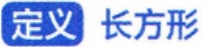
定义 长方形